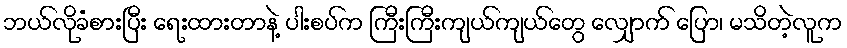
ဘယ်လိုခံစားပြီး ရေးထားတာနဲ့ ပါးစပ်က ကြီးကြီးကျယ်ကျယ်တွေ လျှောက် ပြော၊ မသိတဲ့လူက